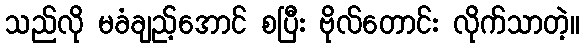
သည်လို မခံချည့်အောင် စပြီး ဗိုလ်တောင်း လိုက်သာတဲ့။